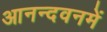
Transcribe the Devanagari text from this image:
आनन्दवनमें